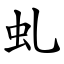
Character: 虬